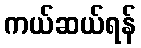
ကယ်ဆယ်ရန်